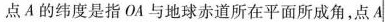
点A的纬度是指OA与地球赤道所在平面所成角，点A